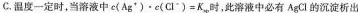
c.度一定时，当溶液中e(Ag')。e(Cl”)=K，时，此溶液中必有AgCl的沉淀析出